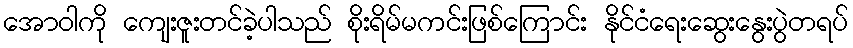
အောဝါကို ကျေးဇူးတင်ခဲ့ပါသည် စိုးရိမ်မကင်းဖြစ်ကြောင်း နိုင်ငံရေးဆွေးနွေးပွဲတရပ်